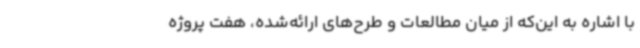
با اشاره به این‌که از میان مطالعات و طرح‌های ارائه‌شده، هفت پروژه